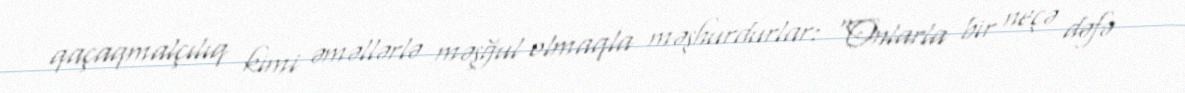
qaçaqmalçılıq kimi əməllərlə məşğul olmaqla məşhurdurlar: “Onlarla bir neçə dəfə